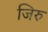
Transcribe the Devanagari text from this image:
जिरु